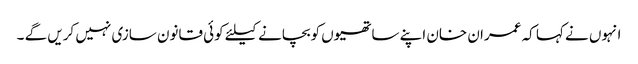
انہوں نے کہا کہ عمران خان اپنے ساتھیوں کوبچانے کیلئے کوئی قانون سازی نہیں کریں گے ۔